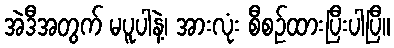
အဲဒီအတွက် မပူပါနဲ့၊ အားလုံး စီစဉ်ထားပြီးပါပြီ။